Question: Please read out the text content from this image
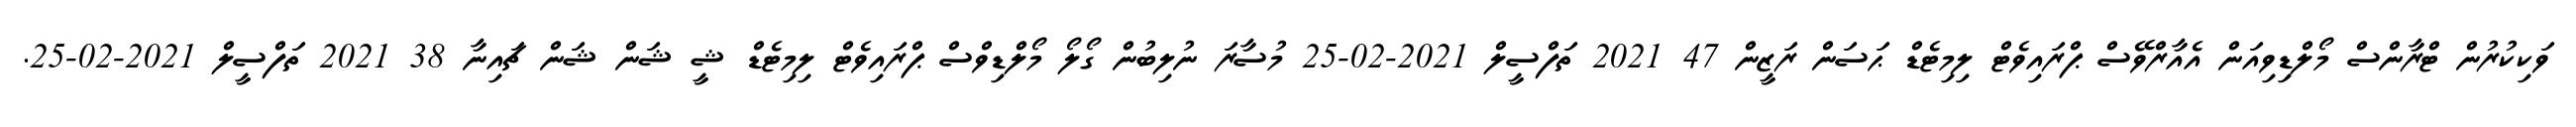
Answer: ވަކިކުރުން ޓްރާންސް މޯލްޑިވިއަން އެއާރްވޭސް ޕްރައިވެޓް ލިމިޓެޑް ޙަސަން ރަޒީން 47 2021 ތަފްސީލް 2021-02-25 މުސާރަ ނުލިބުން ގޯލޯ މޯލްޑިވްސް ޕްރައިވެޓް ލިމިޓެޑް ޝީ ޝަން ޝަން ޗައިނާ 38 2021 ތަފްސީލް 2021-02-25.